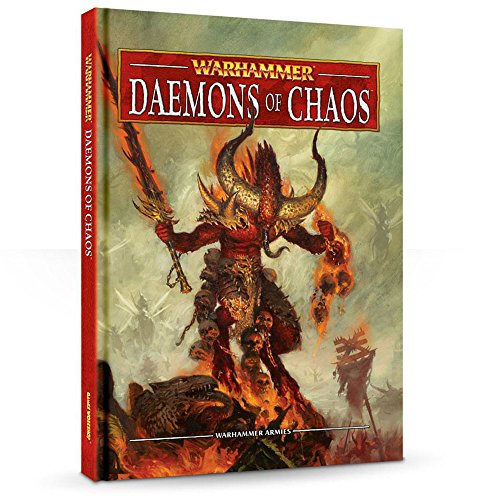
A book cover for Warhammer: Daemons of Chaos; Science Fiction & Fantasy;